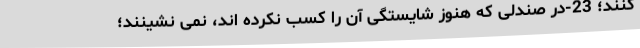
کنند؛ 23-در صندلی که هنوز شایستگی آن را کسب نکرده ­اند، نمی­ نشینند؛